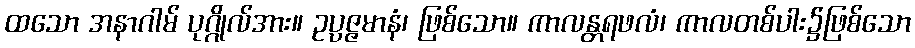
ထသော အနာဂါမ် ပုဂ္ဂိုလ်အား။ ဥပ္ပဇ္ဇမာနံ၊ ဖြစ်သော။ ကာလန္တရဖလံ၊ ကာလတစ်ပါး၌ဖြစ်သော